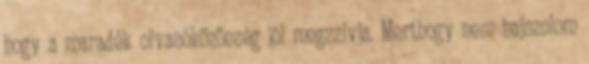
hogy a maradék olvasóközönség jól megszívja. Merthogy nem hajszolom